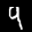
Label: 9